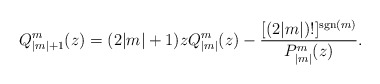
\begin{align*}Q_{|m|+1}^m(z)=(2|m|+1)zQ_{|m|}^m(z)-\frac{[(2|m|)!]^{\mathrm{sgn}(m)}}{P_{|m|}^m(z)}.\end{align*}